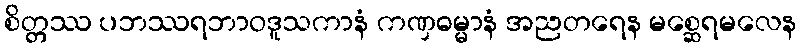
စိတ္တဿ ပဘဿရဘာဝဒူသကာနံ ကဏှဓမ္မာနံ အညတရေန မစ္ဆေရမလေန